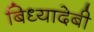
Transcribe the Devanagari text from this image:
बिध्यादेबी